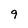
Character: 9